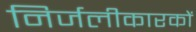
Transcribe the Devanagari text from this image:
निर्जलीकारकों